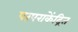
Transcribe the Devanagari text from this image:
परंपराकेंद्रित